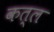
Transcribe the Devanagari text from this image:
कत्‍ल